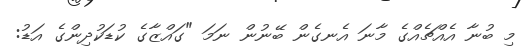
މި ބުނާ އެއްޗެއްގެ މާނަ އެނގެން ބޭނުން ނަަމަ "ގައްޒާގެ ކުޑަކުދިންގެ އަޑު: